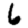
Digit: 6